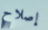
إصلاح